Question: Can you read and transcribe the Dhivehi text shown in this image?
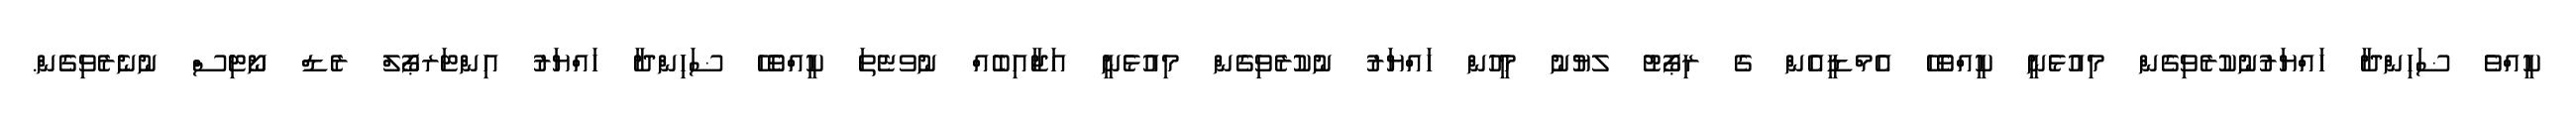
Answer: ކީއްވެ ޟަހިންދާ ހައްޔަރުނުކުރެވިގެން މިއުޅެނީ ކީއްވެހޭ އެމްޑީއެން ގެ ރިޕޯޓު ލޔުނު މީހުން ހައްޔަރު ނުކުރެވިގެން މިއުޅެނީ އަޖާއިބެއް ނުވޏެތަ ކީއްވެހޭ ޟަހިންދާ ހައްޔަރު އިންޓަރޕޯލް ރެޑް ނޯޓިސް ނުނެރެވިގެން.